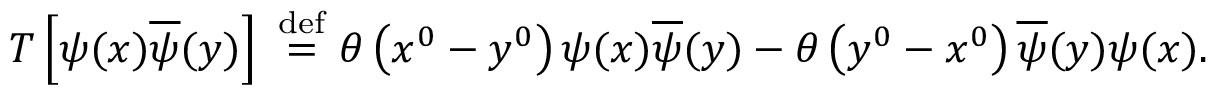
T \left[ \psi ( x ) { \overline { { \psi } } } ( y ) \right] \ { \overset { \mathrm { d e f } } { = } } \ \theta \left( x ^ { 0 } - y ^ { 0 } \right) \psi ( x ) { \overline { { \psi } } } ( y ) - \theta \left( y ^ { 0 } - x ^ { 0 } \right) { \overline { { \psi } } } ( y ) \psi ( x ) .